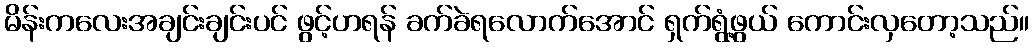
မိန်းကလေးအချင်းချင်းပင် ဖွင့်ဟရန် ခက်ခဲရလောက်အောင် ရှက်ရွံ့ဖွယ် ကောင်းလှတော့သည်။